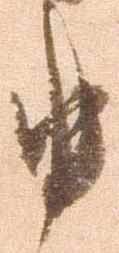
申